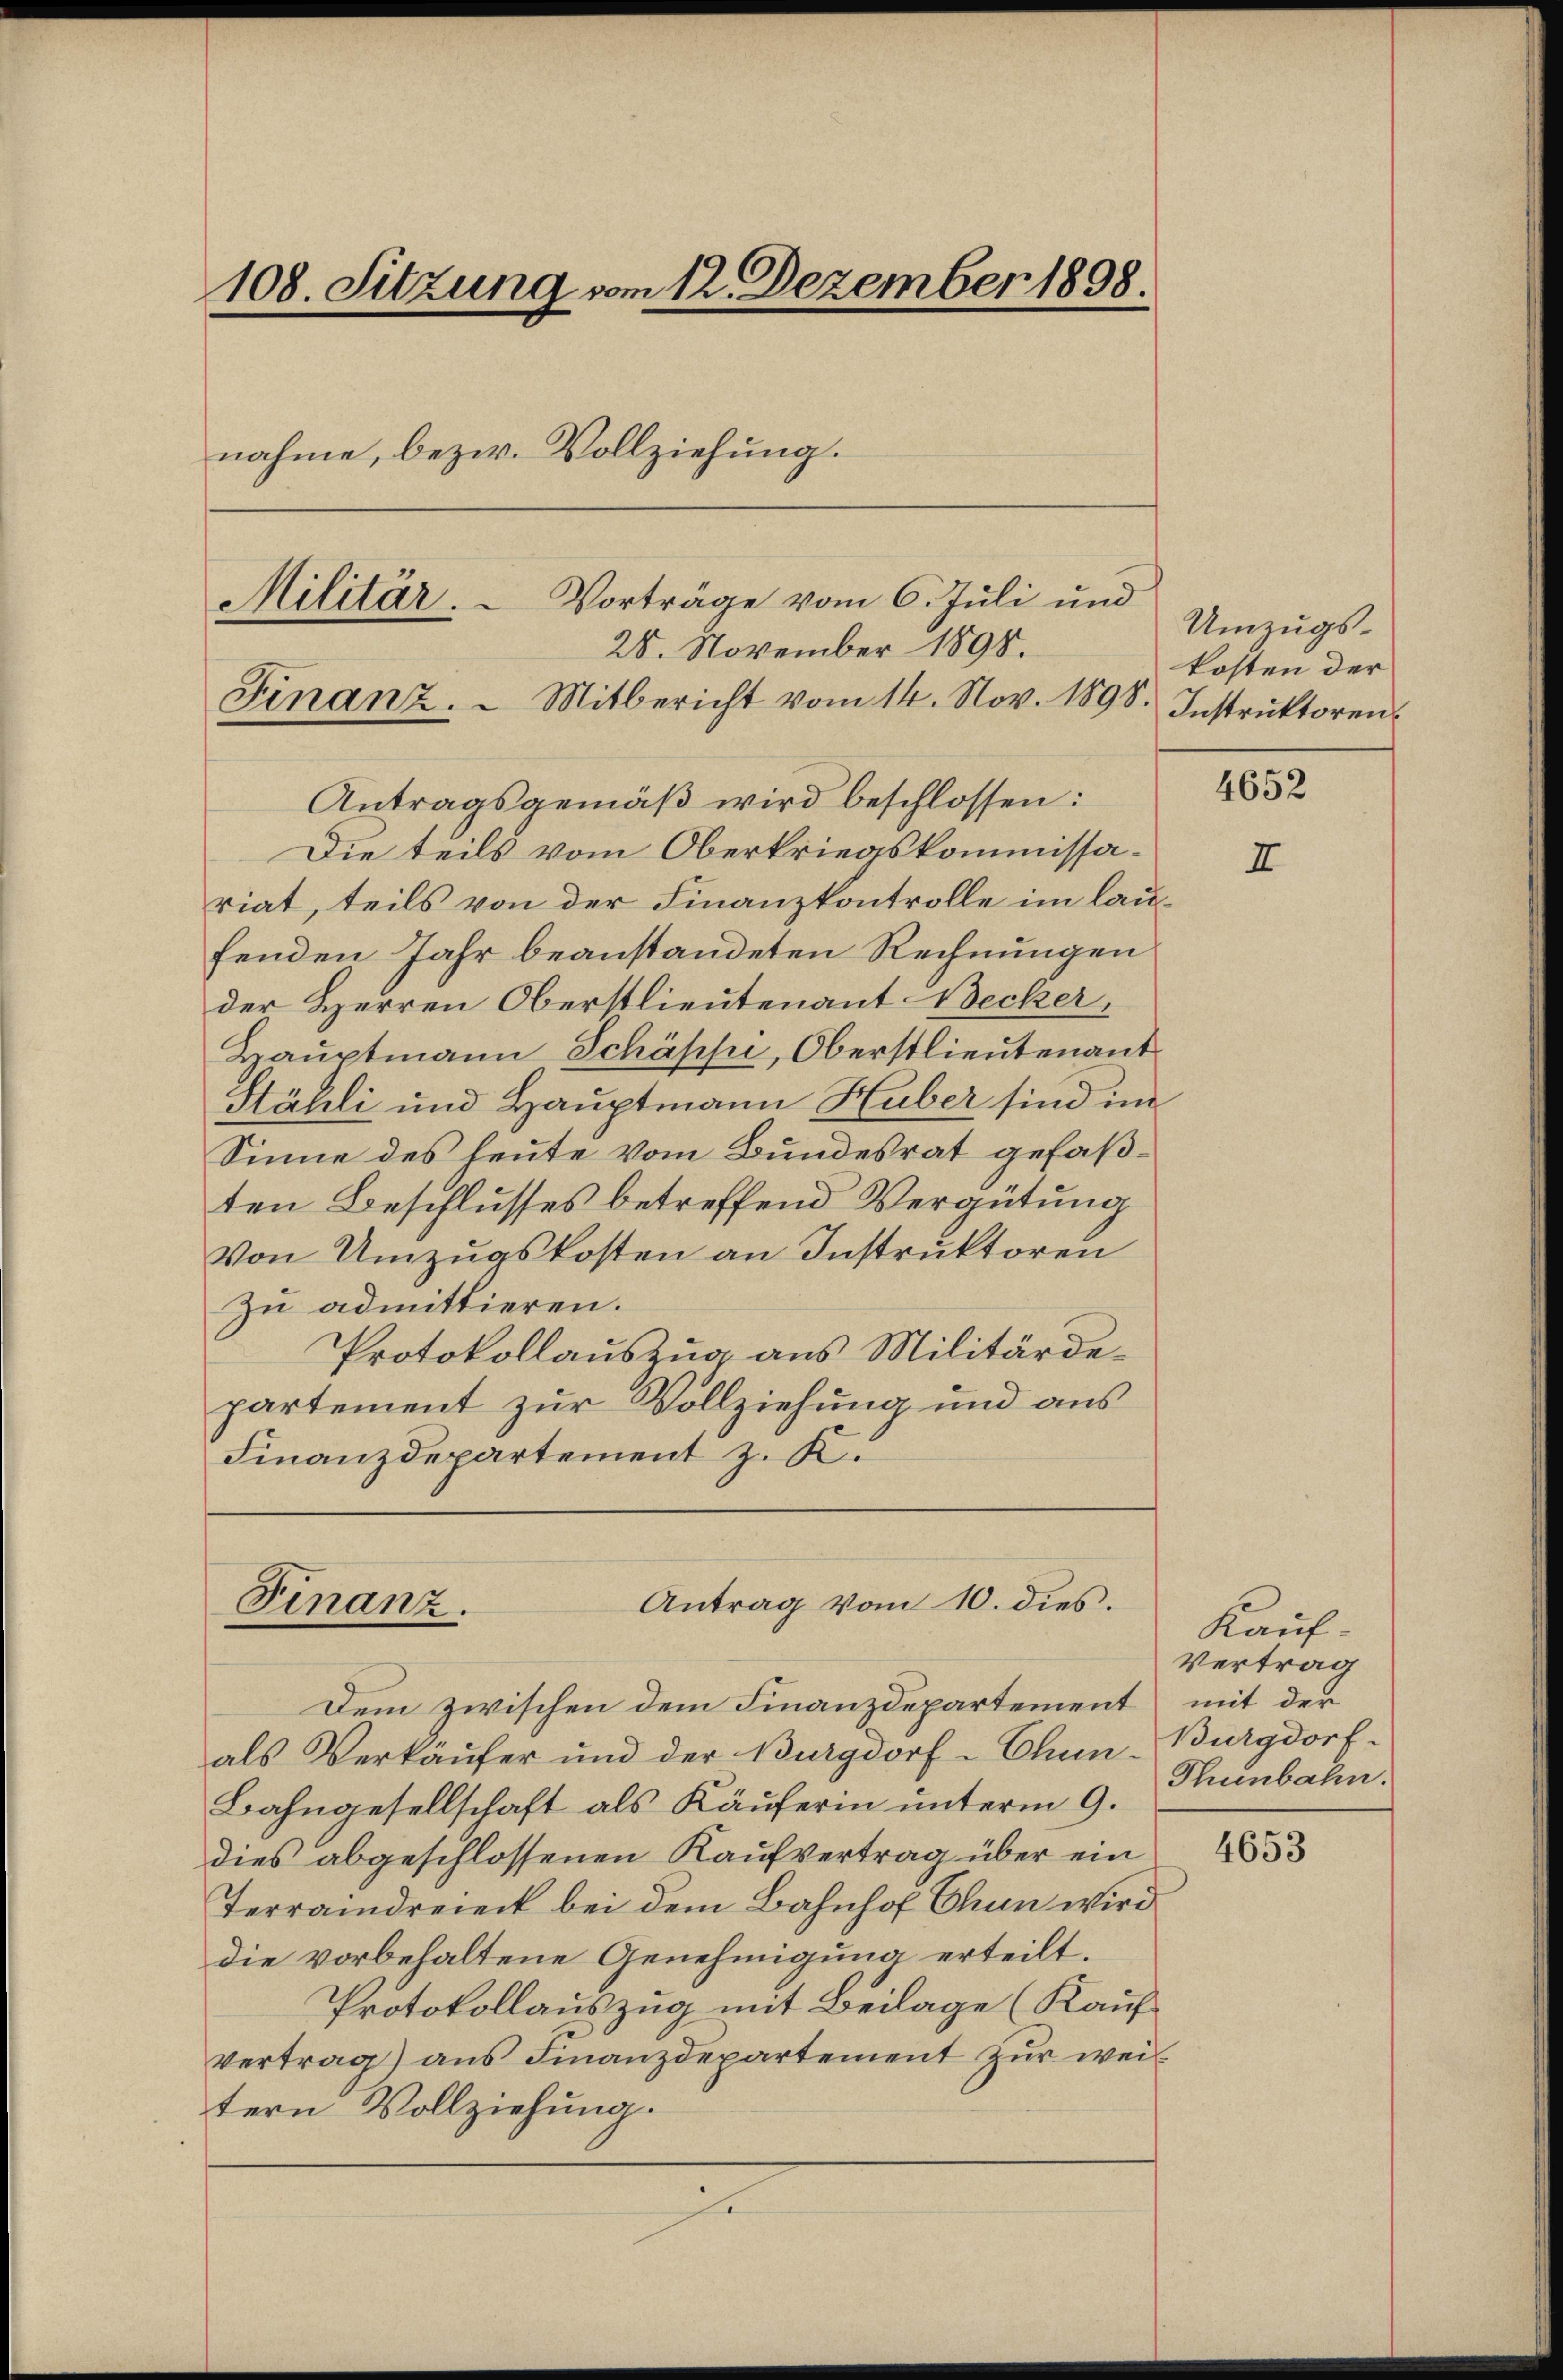
108. Sitzung vom 12. Dezember 1898.
nahme, bezw. Vollziehung.
Militär. - Vorträge vom 6. Juli und
28. November 1898.
Finanz.  Mitbericht vom 14. Nov. 1898. Instruktoren.

Antragsgemäß wird beschlossen:
Die teils vom Oberkriegskommissariat, teils von der Finanzkontrolle im laufenden Jahr beanstandeten Rechnungen
der Herren Oberstlieutenant Becker,
Hauptmann Schässi, Oberstlieutenant
Stähli und Hauptmann Huber sind im
Sinne des heute vom Bundesrat gefaßten Beschlusses betreffend Vergütung
Von Umzugskosten an Instruktoren
Zu admittieren.
Protokollauszug aus Militärdepartement zur Vollziehung und aus
Finanzdepartement z. K.

Antrag vom 10. dies.
Finanz.

Dem zwischen dem Finanzdepartement mit der
als Verkäufer und der Burgdorf-Chun-Burgdorf-
Bahngesellschaft als Käuferin unterm 9.
dies abgeschlossenen Kaufvertrag über ein
Terraindreieck bei dem Bahnhof Thun wird
die vorbehaltene Genehmigung erteilt.
Protokollauszug mit Beilage (Kauf
Vertrag) ans Finanzdepartement zur wei
tern Vollziehung.

e

Umzugskosten der

4652

Kauf
Vertrag
Thunbahn.

4653